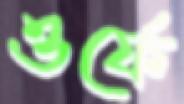
ওর্ফে